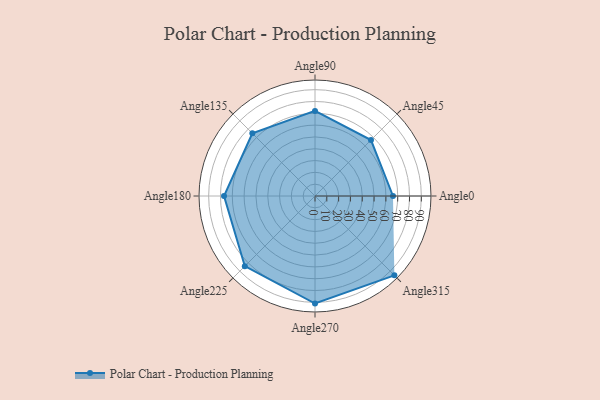
{"axis": {"x": "Angle", "y": "Radius"}, "legend": [""], "data": [{"x": "Angle0", "y": 66.0, "type": ""}, {"x": "Angle45", "y": 67.0, "type": ""}, {"x": "Angle90", "y": 72.0, "type": ""}, {"x": "Angle135", "y": 75.0, "type": ""}, {"x": "Angle180", "y": 77.0, "type": ""}, {"x": "Angle225", "y": 84.0, "type": ""}, {"x": "Angle270", "y": 91.0, "type": ""}, {"x": "Angle315", "y": 95.0, "type": ""}]}